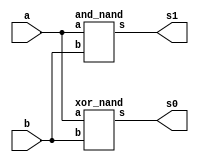
// ---------------------
// Guia 03_02 - Half Adder with NAND gate
// Nome: Alyson Deives
// ---------------------

// ---------------------
// -- half adder with NAND gate
// ---------------------

module halfadder_nand (s0, s1, a, b);
 output s0,s1;
 input  a, b;
 
  xor_nand XOR1 (s0,a,b);
  and_nand AND1 (s1,a,b);

endmodule // halfadder_nand

module xor_nand (s, a, b);
 output s;
 input  a, b;
 wire temp1,temp2,temp3,temp4;
 
  nand NAND1 (temp1,b,b);
  nand NAND2 (temp3,a,a);
  nand NAND3 (temp2,a,temp1);
  nand NAND4 (temp4,b,temp3);
  nand NAND5 (s, temp2, temp4); 

endmodule // xor_nand

module and_nand (s, a, b);
 output s;
 input  a, b;
 wire temp1;
 
  nand NAND1 (temp1,a,b);
  nand NAND2 (s,temp1,temp1);

endmodule // xor_nand

// ---------------------
// -- test halfadder_with_nand
// ---------------------

module testhalfadder_nand;
 reg   a,b;
 wire  s0,s1;
          
// instancia
 halfadder_nand HA1 (s0,s1,a,b);
 
 initial begin:start
      a=0; b=0;
 end
 
 // parte principal
 initial begin:main
      $display("Guia 03_02 - Alyson Deives - 416589");
      $display("HALF ADDER com portas NAND\n");
		$display("\nA + B = S\n");
      $monitor("%b + %b = %b%b", a, b, s1,s0);
  #1  a=0; b=1;
  #1  a=1; b=0;
  #1  a=1; b=1;
  end

endmodule // testhalfadder_nand